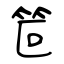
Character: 笸